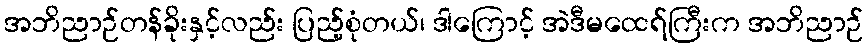
အဘိညာဉ်တန်ခိုးနှင့်လည်း ပြည့်စုံတယ်၊ ဒါကြောင့် အဲဒီမထေရ်ကြီးက အဘိညာဉ်